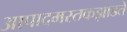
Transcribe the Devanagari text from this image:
आपादमस्तकझाडते